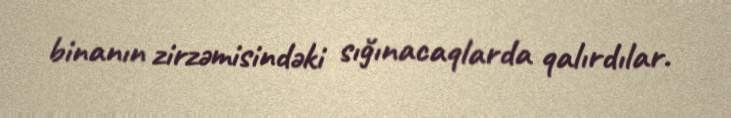
binanın zirzəmisindəki sığınacaqlarda qalırdılar.